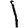
Digit: 1